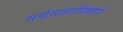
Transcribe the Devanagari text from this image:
सर्वसत्ताधिकारी